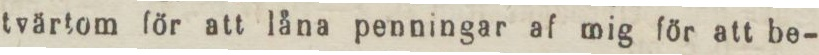
tvärtom för att låna penningar af mig för att be-